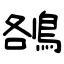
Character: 鵅